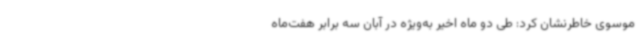
موسوی خاطرنشان کرد: طی دو ماه اخیر به‌ویژه در آبان سه برابر هفت‌ماه